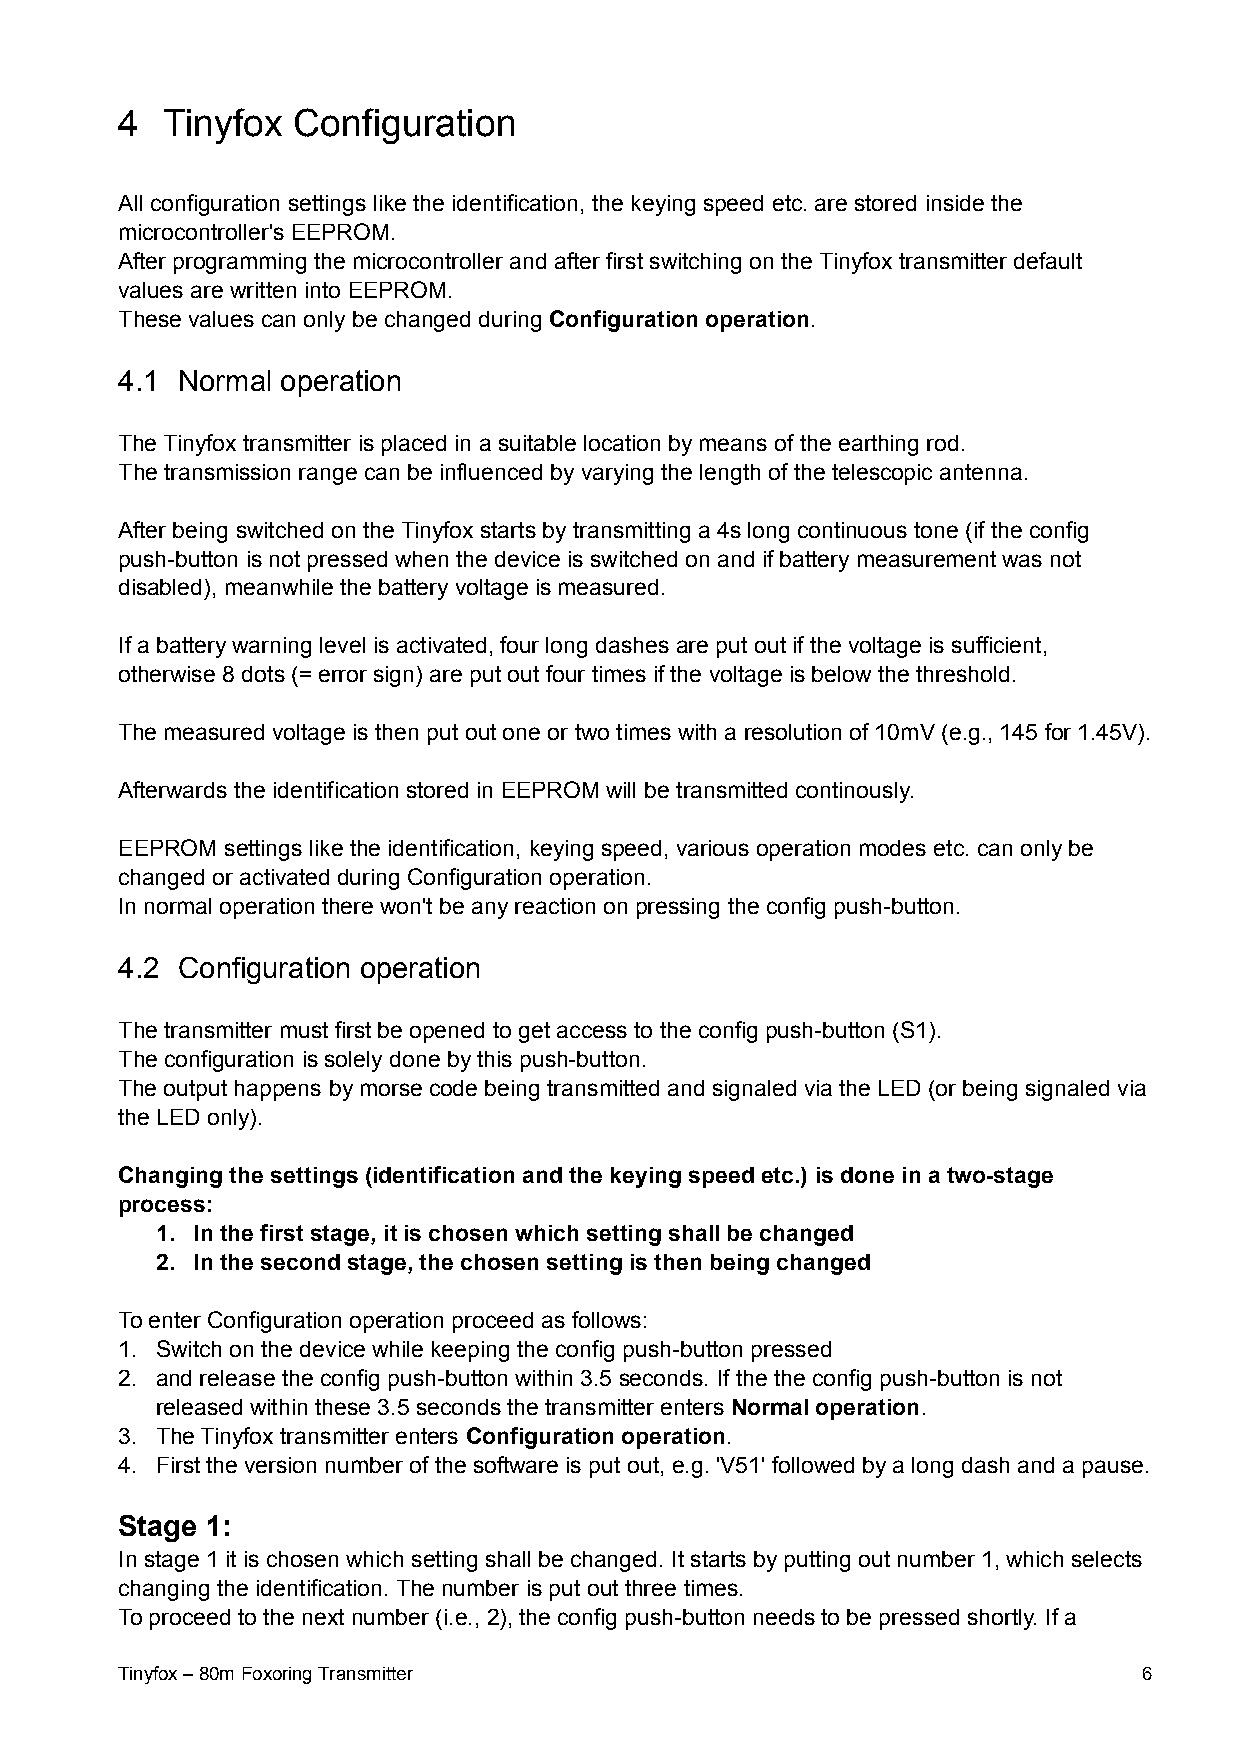
4  Tinyfox Configuration
 All configuration settings like the identification, the keying speed etc. are stored inside the
 microcontroller's EEPROM.
 After programming the microcontroller and after first switching on the Tinyfox transmitter default
 values are written into EEPROM.
 These values can only be changed during Configuration operation.
 4.1 Normal operation
 The Tinyfox transmitter is placed in a suitable location by means of the earthing rod.
 The transmission range can be influenced by varying the length of the telescopic antenna.
 After being switched on the Tinyfox starts by transmitting a 4s long continuous tone (if the config
 push-button is not pressed when the device is switched on and if battery measurement was not
 disabled), meanwhile the battery voltage is measured.
 If a battery warning level is activated, four long dashes are put out if the voltage is sufficient,
 otherwise 8 dots (= error sign) are put out four times if the voltage is below the threshold.
 The measured voltage is then put out one or two times with a resolution of 10mV (e.g., 145 for 1.45V).
 Afterwards the identification stored in EEPROM will be transmitted continously.
 EEPROM settings like the identification, keying speed, various operation modes etc. can only be
 changed or activated during Configuration operation.
 In normal operation there won't be any reaction on pressing the config push-button.
 4.2 Configuration operation
 The transmitter must first be opened to get access to the config push-button (S1).
 The configuration is solely done by this push-button.
 The output happens by morse code being transmitted and signaled via the LED (or being signaled via
 the LED only).
 Changing the settings (identification and the keying speed etc.) is done in a two-stage
 process:
 1. In the first stage, it is chosen which setting shall be changed
 2. In the second stage, the chosen setting is then being changed
 To enter Configuration operation proceed as follows:
 1. Switch on the device while keeping the config push-button pressed
 2. and release the config push-button within 3.5 seconds. If the the config push-button is not
 released within these 3.5 seconds the transmitter enters Normal operation.
 3. The Tinyfox transmitter enters Configuration operation.
 4. First the version number of the software is put out, e.g. 'V51' followed by a long dash and a pause.
 Stage 1:
 In stage 1 it is chosen which setting shall be changed. It starts by putting out number 1, which selects
 changing the identification. The number is put out three times.
 To proceed to the next number (i.e., 2), the config push-button needs to be pressed shortly. If a
 Tinyfox – 80m Foxoring Transmitter                                  6